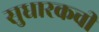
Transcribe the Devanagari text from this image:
सुधारकची